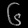
Digit: ၆